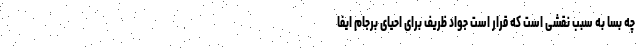
چه بسا به سبب نقشی است که قرار است جواد ظریف برای احیای برجام ایفا